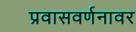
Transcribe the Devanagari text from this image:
प्रवासवर्णनावर